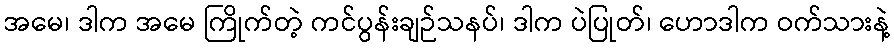
အမေ၊ ဒါက အမေ ကြိုက်တဲ့ ကင်ပွန်းချဉ်သနပ်၊ ဒါက ပဲပြုတ်၊ ဟောဒါက ဝက်သားနဲ့